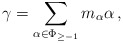
\begin{align*}\gamma = \sum_{\alpha \in \Phi_{\geq -1}} m_\alpha \alpha \, ,\end{align*}